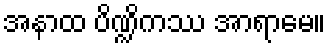
အနာထ ပိဏ္ဍိကဿ အာရာမေ။